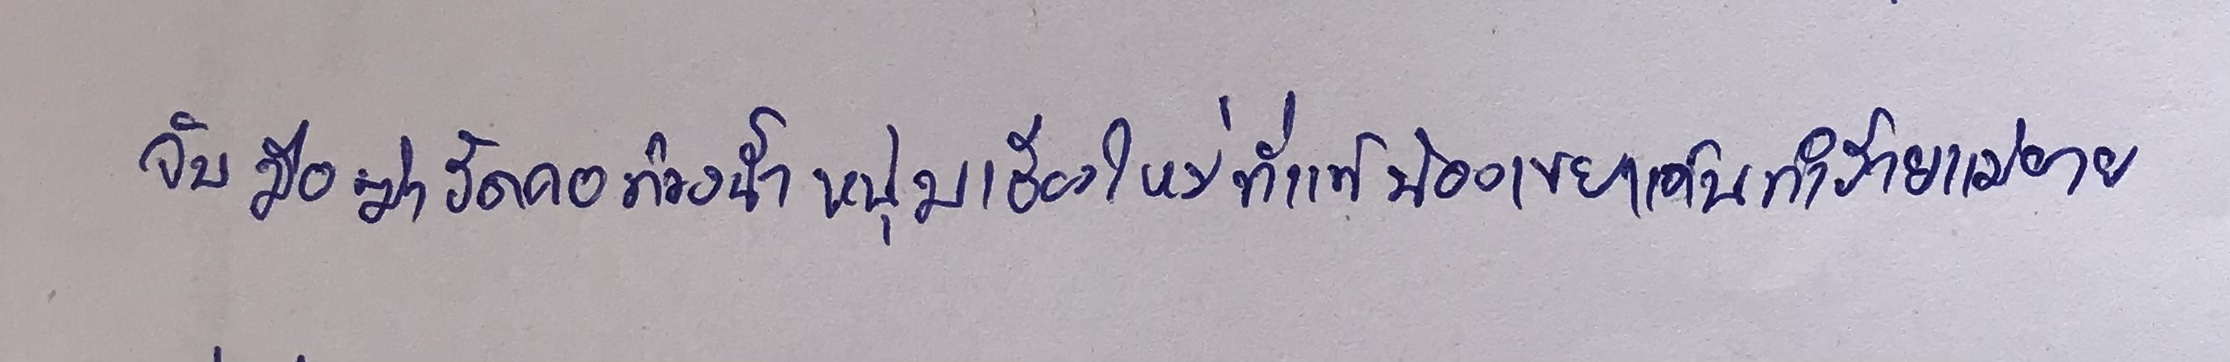
จับมือฆ่ารัดคอถ่วงน้ำหนุ่มเชียงใหม่ที่แท้น้องเขยแค้นทำร้ายแม่ยาย